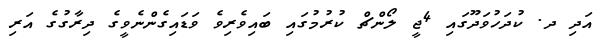
އަދި ދ. ކުދަހުވަދޫގައި 4ޖީ ލޯންޗް ކުރުމުގައި ބައިވެރިވެ ވަޑައިގެންނެވީގެ ދިރާގުގެ އަރި